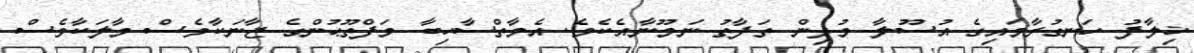
ޚިލާފު ހަނގުރާމައިގެ އުސޫލާ މުޅިން ތަފާތު ނަމޫނާއެކެވެ. އެމާތްސާހިބާ މަފްތޫޙުންގެ ޖާނަކާވެސް މާލަކާވެސް